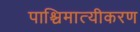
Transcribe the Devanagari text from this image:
पाश्चिमात्यीकरण